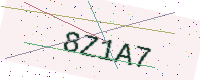
Text: 8Z1A7